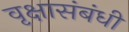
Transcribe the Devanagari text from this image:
वृक्षासंबंधी